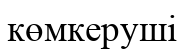
көмкеруші